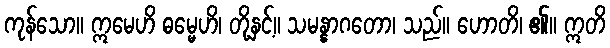
ကုန်သော။ ဣမေဟိ ဓမ္မေဟိ၊ တို့နှင့်။ သမန္နာဂတော၊ သည်။ ဟောတိ၊ ၏။ ဣတိ